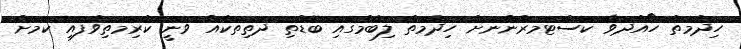
ހިދުމަތް ހޯއްދަވާ ކަސްޓަމަރުންނަށް ހިދުމަތް ލިބުމުގައި ބޮޑެތި ދަތިތަކެއް ވަނީ ކުރިމަތިވެފައި ކަމަށް